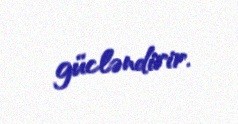
gücləndirir.